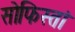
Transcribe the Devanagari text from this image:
सोफिस्तां